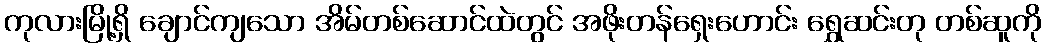
ကုလားမြို့ရှိ ချောင်ကျသော အိမ်တစ်ဆောင်ထဲတွင် အဖိုးတန်ရှေးဟောင်း ရွှေဆင်းတု တစ်ဆူကို